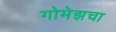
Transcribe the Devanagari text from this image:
गोमेझचा